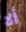
ألا